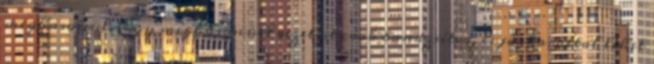
meghasonul. Egy meghasonult vezetést csak bandzsítva, és jóakarattal lehet